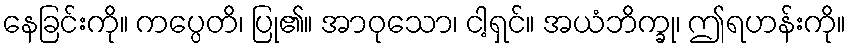
နေခြင်းကို။ ကပ္ပေတိ၊ ပြု၏။ အာဝုသော၊ ငါ့ရှင်။ အယံဘိက္ခု၊ ဤရဟန်းကို။